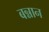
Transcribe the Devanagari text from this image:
बन्नान